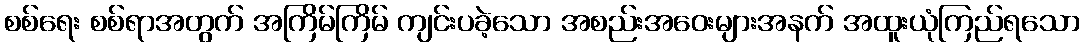
စစ်ရေး စစ်ရာအတွက် အကြိမ်ကြိမ် ကျင်းပခဲ့သော အစည်းအဝေးများအနက် အထူးယုံကြည်ရသော